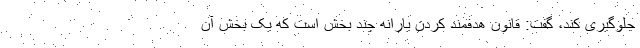
جلوگیری کند، گفت: قانون هدفمند کردن یارانه چند بخش است که یک بخش آن